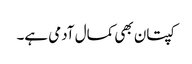
کپتان بھی کمال آدمی ہے۔